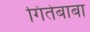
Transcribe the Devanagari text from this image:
गितेबाबा